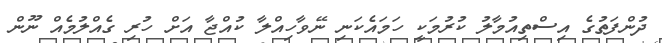
ދުންފަތުގެ އިސްތިއުމާލު ކުރުމަކީ ހަމައެކަނި ނޭވާހިއްލާ ކުއްޖާ އަށް ހުރި ގެއްލުމެއް ނޫން